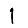
Digit: 1